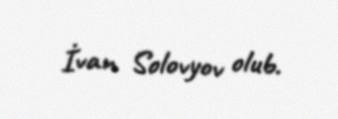
İvan Solovyov olub.